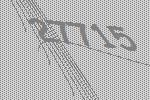
27715